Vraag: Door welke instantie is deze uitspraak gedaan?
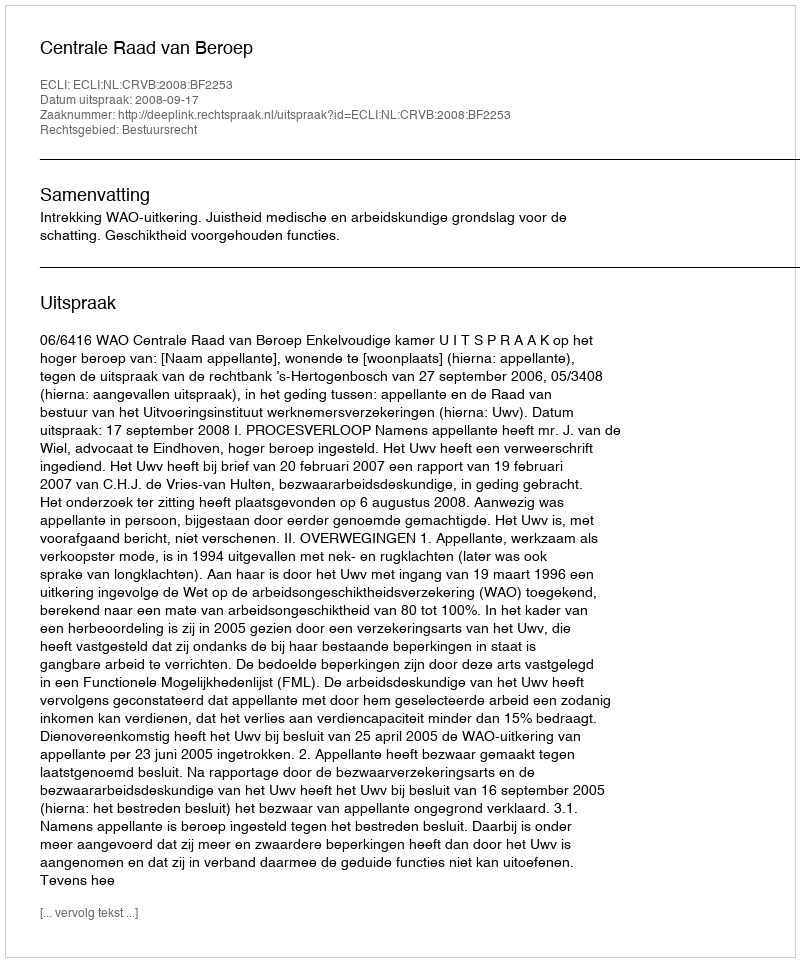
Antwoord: Centrale Raad van Beroep